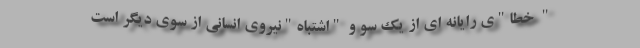
" خطا"ی رایانه ای از یک سو و "اشتباه"نیروی انسانی از سوی دیگر است